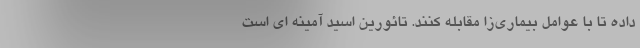
داده تا با عوامل بیماری‌زا مقابله کنند. تائورین اسید آمینه ای است